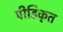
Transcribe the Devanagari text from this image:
पीडिकृत